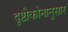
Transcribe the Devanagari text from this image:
दृष्टीकोनानुसार